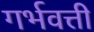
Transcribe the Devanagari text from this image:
गर्भवत्ती